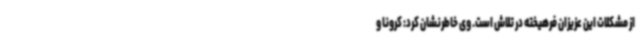
از مشکلات این عزیزان فرهیخته در تلاش است. وی خاطرنشان کرد: کرونا و